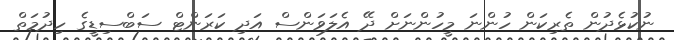
ނުކުޅެދުން ތެރިކަން ހުންނަ މީހުންނަށް ދޭ އެލަވަންސް އަދި ކަރަންޓް ސަބްސިޑީގެ ހިދުމަތް